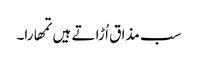
سب مذا ق اُ ڑا تے ہیں تمھارا۔